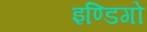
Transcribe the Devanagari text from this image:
इण्डिगो